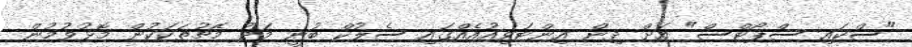
"ސްކައި ސްޕޯޓްސް" އަށް ދިން އިންޓަވިއުއެއްގައި ސެލުކް ބުނީ މަދު މެޗުތަކަކުން މޮޅުވުމުން